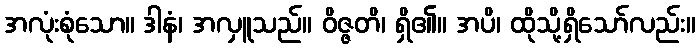
အလုံးစုံသော။ ဒါနံ၊ အလှူသည်။ ဝိဇ္ဇတိ၊ ရှိ၏။ အပိ၊ ထိုသို့ရှိသော်လည်း။